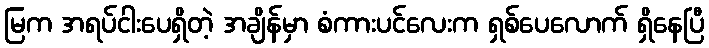
မြက အရပ်ငါးပေရှိတဲ့ အချိန်မှာ စံကားပင်လေးက ရှစ်ပေလောက် ရှိနေပြီ